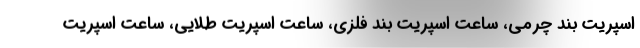
اسپریت‌ بند چرمی، ساعت اسپریت بند فلزی، ساعت اسپریت طلایی، ساعت اسپریت